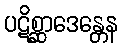
ပဋိစ္ဆာဒေန္တေန